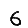
Digit: 6